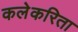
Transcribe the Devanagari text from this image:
कलेकरिता